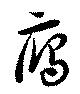
鴈